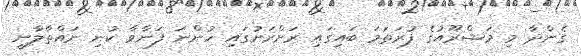
ގެންދާ މި މަޝްރޫއުގެ ފުރަތަމަ ބައިގައި ރަށްރަށުގައި ހުންނަ ފަނާވާ ކުނި ނައްތާލާނީ